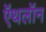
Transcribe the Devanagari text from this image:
ऍथलॉन